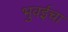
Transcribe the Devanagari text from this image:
भुवईचा